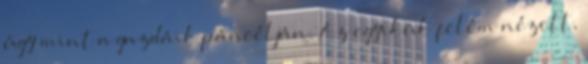
úgy mint a gazdáik páncélján. Az egyikük felém nézett,